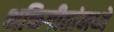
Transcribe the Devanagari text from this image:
भक्तिगीतांमध्ये